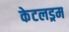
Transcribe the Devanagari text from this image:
केटलड्रम